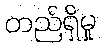
တည်ရှိမှု